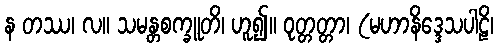
န တဿ၊ လ။ သမန္တစက္ခူတိ၊ ဟူ၍။ ဝုတ္တတ္တာ၊ (မဟာနိဒ္ဒေသပါဠိ၊